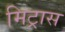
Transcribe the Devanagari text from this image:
मिट्रास